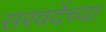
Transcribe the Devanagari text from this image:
सरवदेंच्या